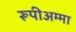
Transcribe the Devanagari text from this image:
रूपीअम्मा